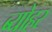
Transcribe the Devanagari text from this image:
ब्योहर